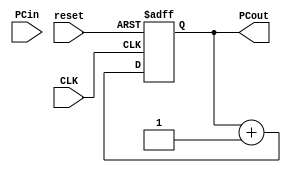
module ProgramCounter(
  input CLK,
  input reset,
  input [31:0] PCin,
  output reg [31:0] PCout
);

  always @(posedge CLK, posedge reset) begin
    if (reset) begin
      PCout <= 0;
    end
    else begin
      PCout <= PCout + 1;
    end
  end

endmodule